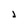
Character: j